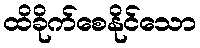
ထိခိုက်စေနိုင်သော